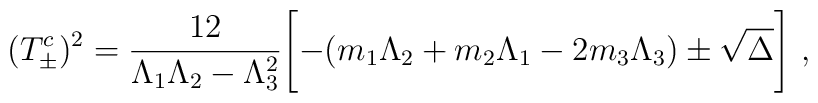
(T^c_\pm)^2=\frac{12}{\Lambda_1\Lambda_2-\Lambda_3^2} \Biggl[-(m_1\Lambda_2+m_2\Lambda_1-2m_3\Lambda_3)\pm\sqrt{\Delta}\Biggr]~,